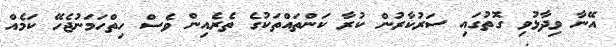
އޭނާ ވިދާޅުވި ގޮތުގައި ސަރުކާރުން ކުރާ ކަންތައްތަކުގެ ތެރެއިން ވެސް ހިތްހަމަނުޖެހޭ ކަމެއް